Lunatic asylums Punjab 1868-1880 - 1868-1880
Year: 1868
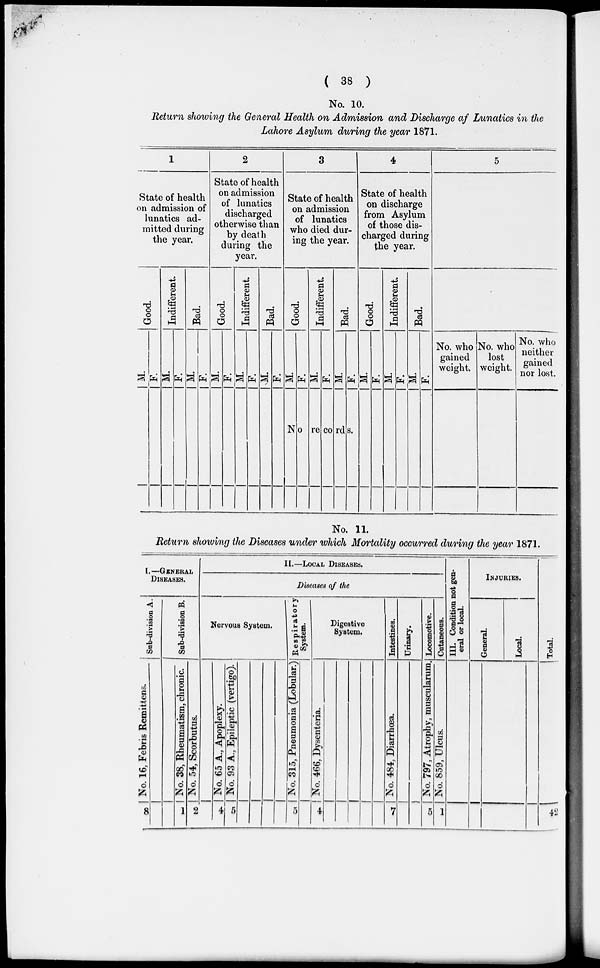
( 38 )
No. 10.
Return showing the General Health on Admission and Discharge af Lunatics in the
Lahore Asylum during the year 1871.
1
State of health
on admission of
lunatics ad-
mitted during
the year.
Good.
M.
F.
Indifferent.
M.
F.
Bad.
M.
F.
2
State of health
on admission
of lunatics
discharged
otherwise than
by death
during the
year.
Good.
M.
F.
Indifferent.
M.
F.
Bad.
M.
F.
3
State of health
on admission
of lunatics
who died dur-
ing the year.
Good.
M.
F.
Indifferent.
M.
F.
Bad.
M.
F.
No records.
4
State of health
on discharge
from Asylum
of those dis-
charged during
the year.
Good.
M.
F.
Indifferent.
M.
F.
Bad.
M.
F.
5
No. who
gained
weight.
No. who
lost
weight.
No. who
neither
gained
nor lost.
No. 11.
Return showing the Diseases under which Mortality occurred during the year 1871.
1.—GENERAL
DISEASES.
Sub-division A.
No. 16, Febr i
s Re mi t
t
e ns .
8
Sub-division B.
No. 38 , Rhe uma tis
m, chronic.
1
No. 54, Scorbutus.
2
II.—LOCAL DISEASES.
Diseases of the
Nervous System.
No. 65 A., Apoplexy.
4
No. 93 A., Epileptic (vertigo).
5
Respiratory
System.
( No. 315, Pneumonia (Lobular.)
5
Digestive
System.
No. 466, Dysenteria.
4
Intestines.
No. 484, Diarrhœa.
7
Urinary.
Locomotive.
No. 797, Atrophy, muscularum.
5
Cutaneous.
No. 859, Ulcus.
1
III. Condition not gen-
eral or local
INJURIES.
General.
Local.
Total.
42